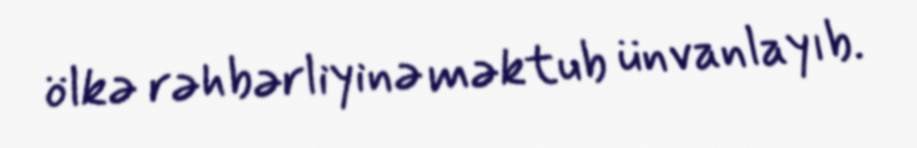
ölkə rəhbərliyinə məktub ünvanlayıb.